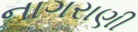
નાગરાણી